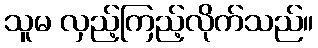
သူမ လှည့်ကြည့်လိုက်သည်။